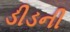
ડીડની